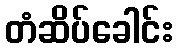
တံဆိပ်ခေါင်း